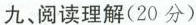
九、阅读理解(20分)